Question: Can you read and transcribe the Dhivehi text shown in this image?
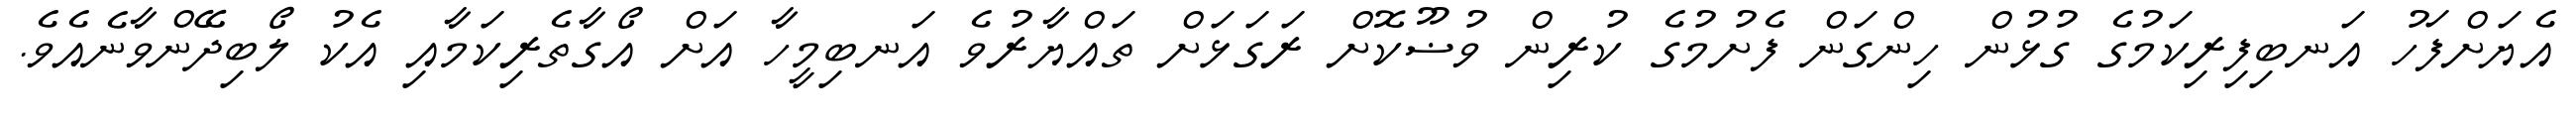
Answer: އެޔަށްފަހު އަނބިފިރިކަމުގެ ގުޅުން ހިންގަން ފެށުމުގެ ކުރިން ވުޟޫކޮށް ރަގަޅަށް ތައްޔާރުވެ އަނބިމީހާ އަށް އޯގާތެރިކަމާއި އެކު ލޯބިދޭންވާނެއެވެ.